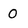
Character: 0